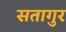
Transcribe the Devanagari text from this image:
सतागुर